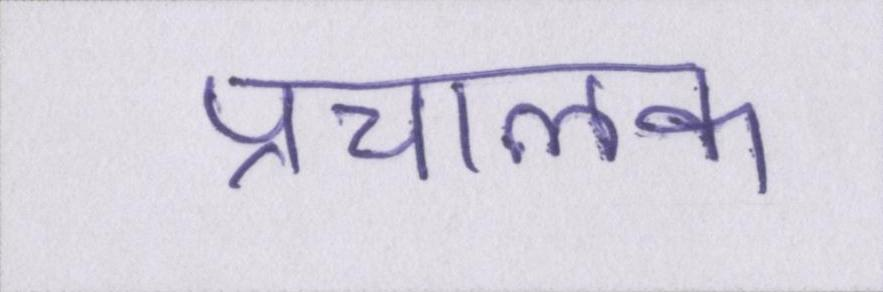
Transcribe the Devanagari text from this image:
प्रचालक